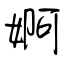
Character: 婀